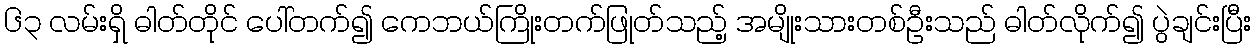
၆၃ လမ်းရှိ ဓါတ်တိုင် ပေါ်တက်၍ ကေဘယ်ကြိုးတက်ဖြုတ်သည့် အမျိုးသားတစ်ဦးသည် ဓါတ်လိုက်၍ ပွဲချင်းပြီး